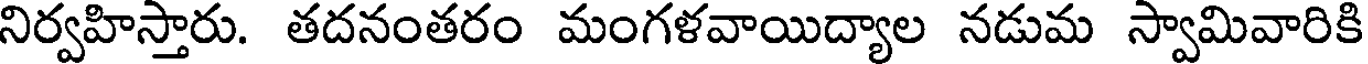
నిర్వహిస్తారు. తదనంతరం మంగళవాయిద్యాల నడుమ స్వామివారికి